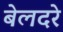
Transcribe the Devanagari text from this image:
बेलदरे